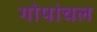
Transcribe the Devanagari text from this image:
गोपांचल